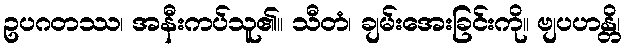
ဥပဂတဿ၊ အနီးကပ်သူ၏။ သီတံ၊ ချမ်းအေးခြင်းကို။ ဗျပဟန္တိ၊